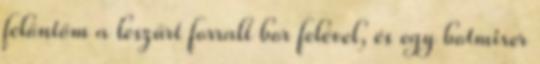
felöntöm a leszűrt forralt bor felével, és egy botmixer